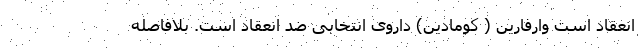
انعقاد است وارفارین ( کومادین) داروی انتخابی ضد انعقاد است. بلافاصله